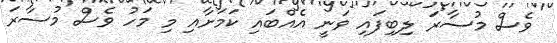
ވެސް މުސާރަ ލިބިފައި ވަނީ އެއްބައި ކަމަށާއި މި މަހު ވެސް މުސާރަ